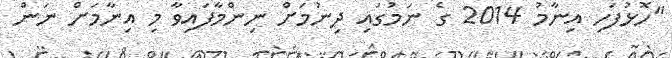
"ހޮޅުފަހި އިނާމު 2014 ގެ ނަމުގައި ދިނުމަށް ނިންމާފައިވާ މި އިނާމަށް ނަން